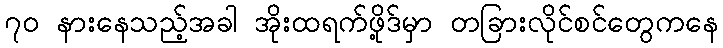
၇၀ နားနေသည့်အခါ အိုးထရက်ဖို့ဒ်မှာ တခြားလိုင်စင်တွေကနေ